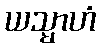
ယသ္မာဟံ